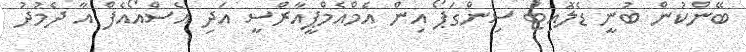
ބޭންކުން ބުނީ ޑެލޮއިޓް ސިންގަޕޯ އިން އެމްއެމްޕީއާރްސީ އަދި އެސްއޯއެފް އާ ދެމުދު